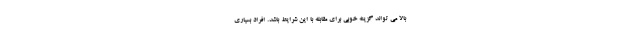
بالا می تواند گزینه خوبی برای مقابله با این شرایط باشد. افراد بسیاری